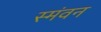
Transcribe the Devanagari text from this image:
स्मंवन